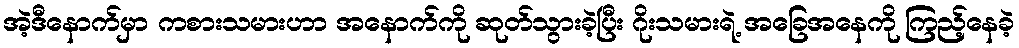
အဲ့ဒီနောက်မှာ ကစားသမားဟာ အနောက်ကို ဆုတ်သွားခဲ့ပြီး ဂိုးသမားရဲ့ အခြေအနေကို ကြည့်နေခဲ့